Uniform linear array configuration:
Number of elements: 12
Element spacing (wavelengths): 1
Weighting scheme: hann
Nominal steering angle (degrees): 30
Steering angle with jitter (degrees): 28.722
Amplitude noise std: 0.05
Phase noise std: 0.05

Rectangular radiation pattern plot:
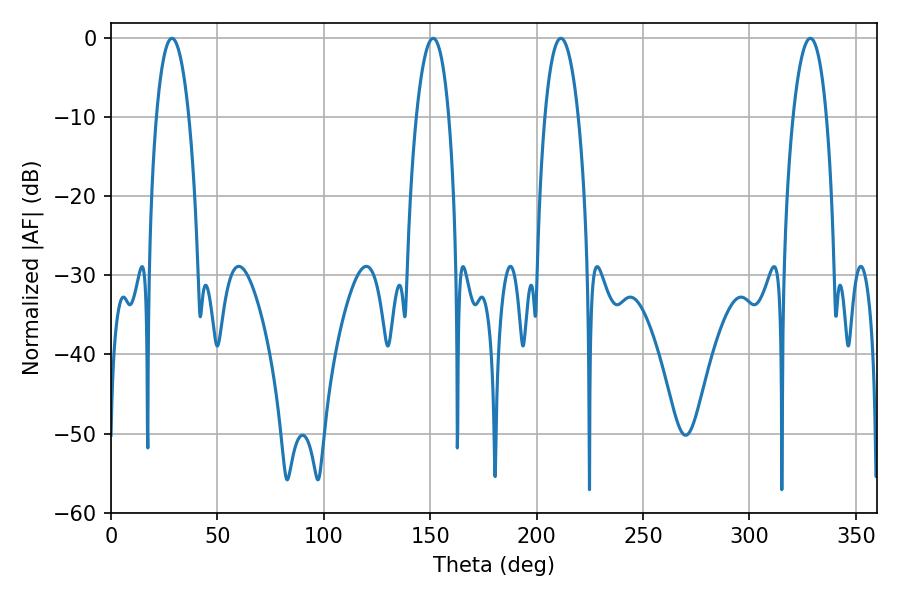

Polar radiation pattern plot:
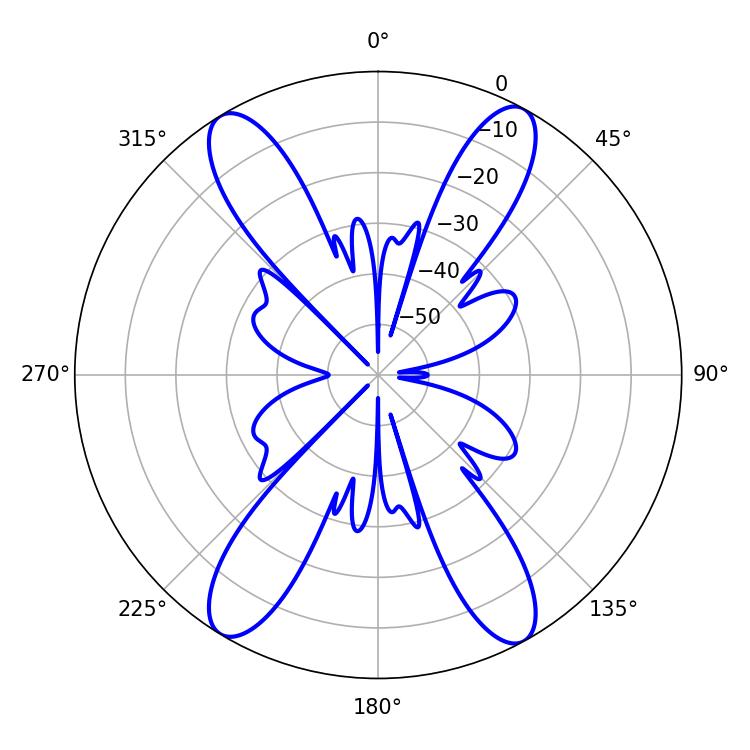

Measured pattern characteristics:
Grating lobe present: TRUE
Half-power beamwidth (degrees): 8.46
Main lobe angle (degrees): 28.62